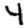
Digit: 4